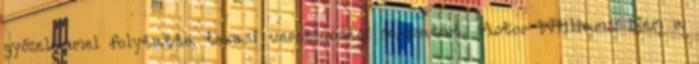
győzelemmel folytatta texasi veretlenségi sorozatát. Motor Williams: Nem a